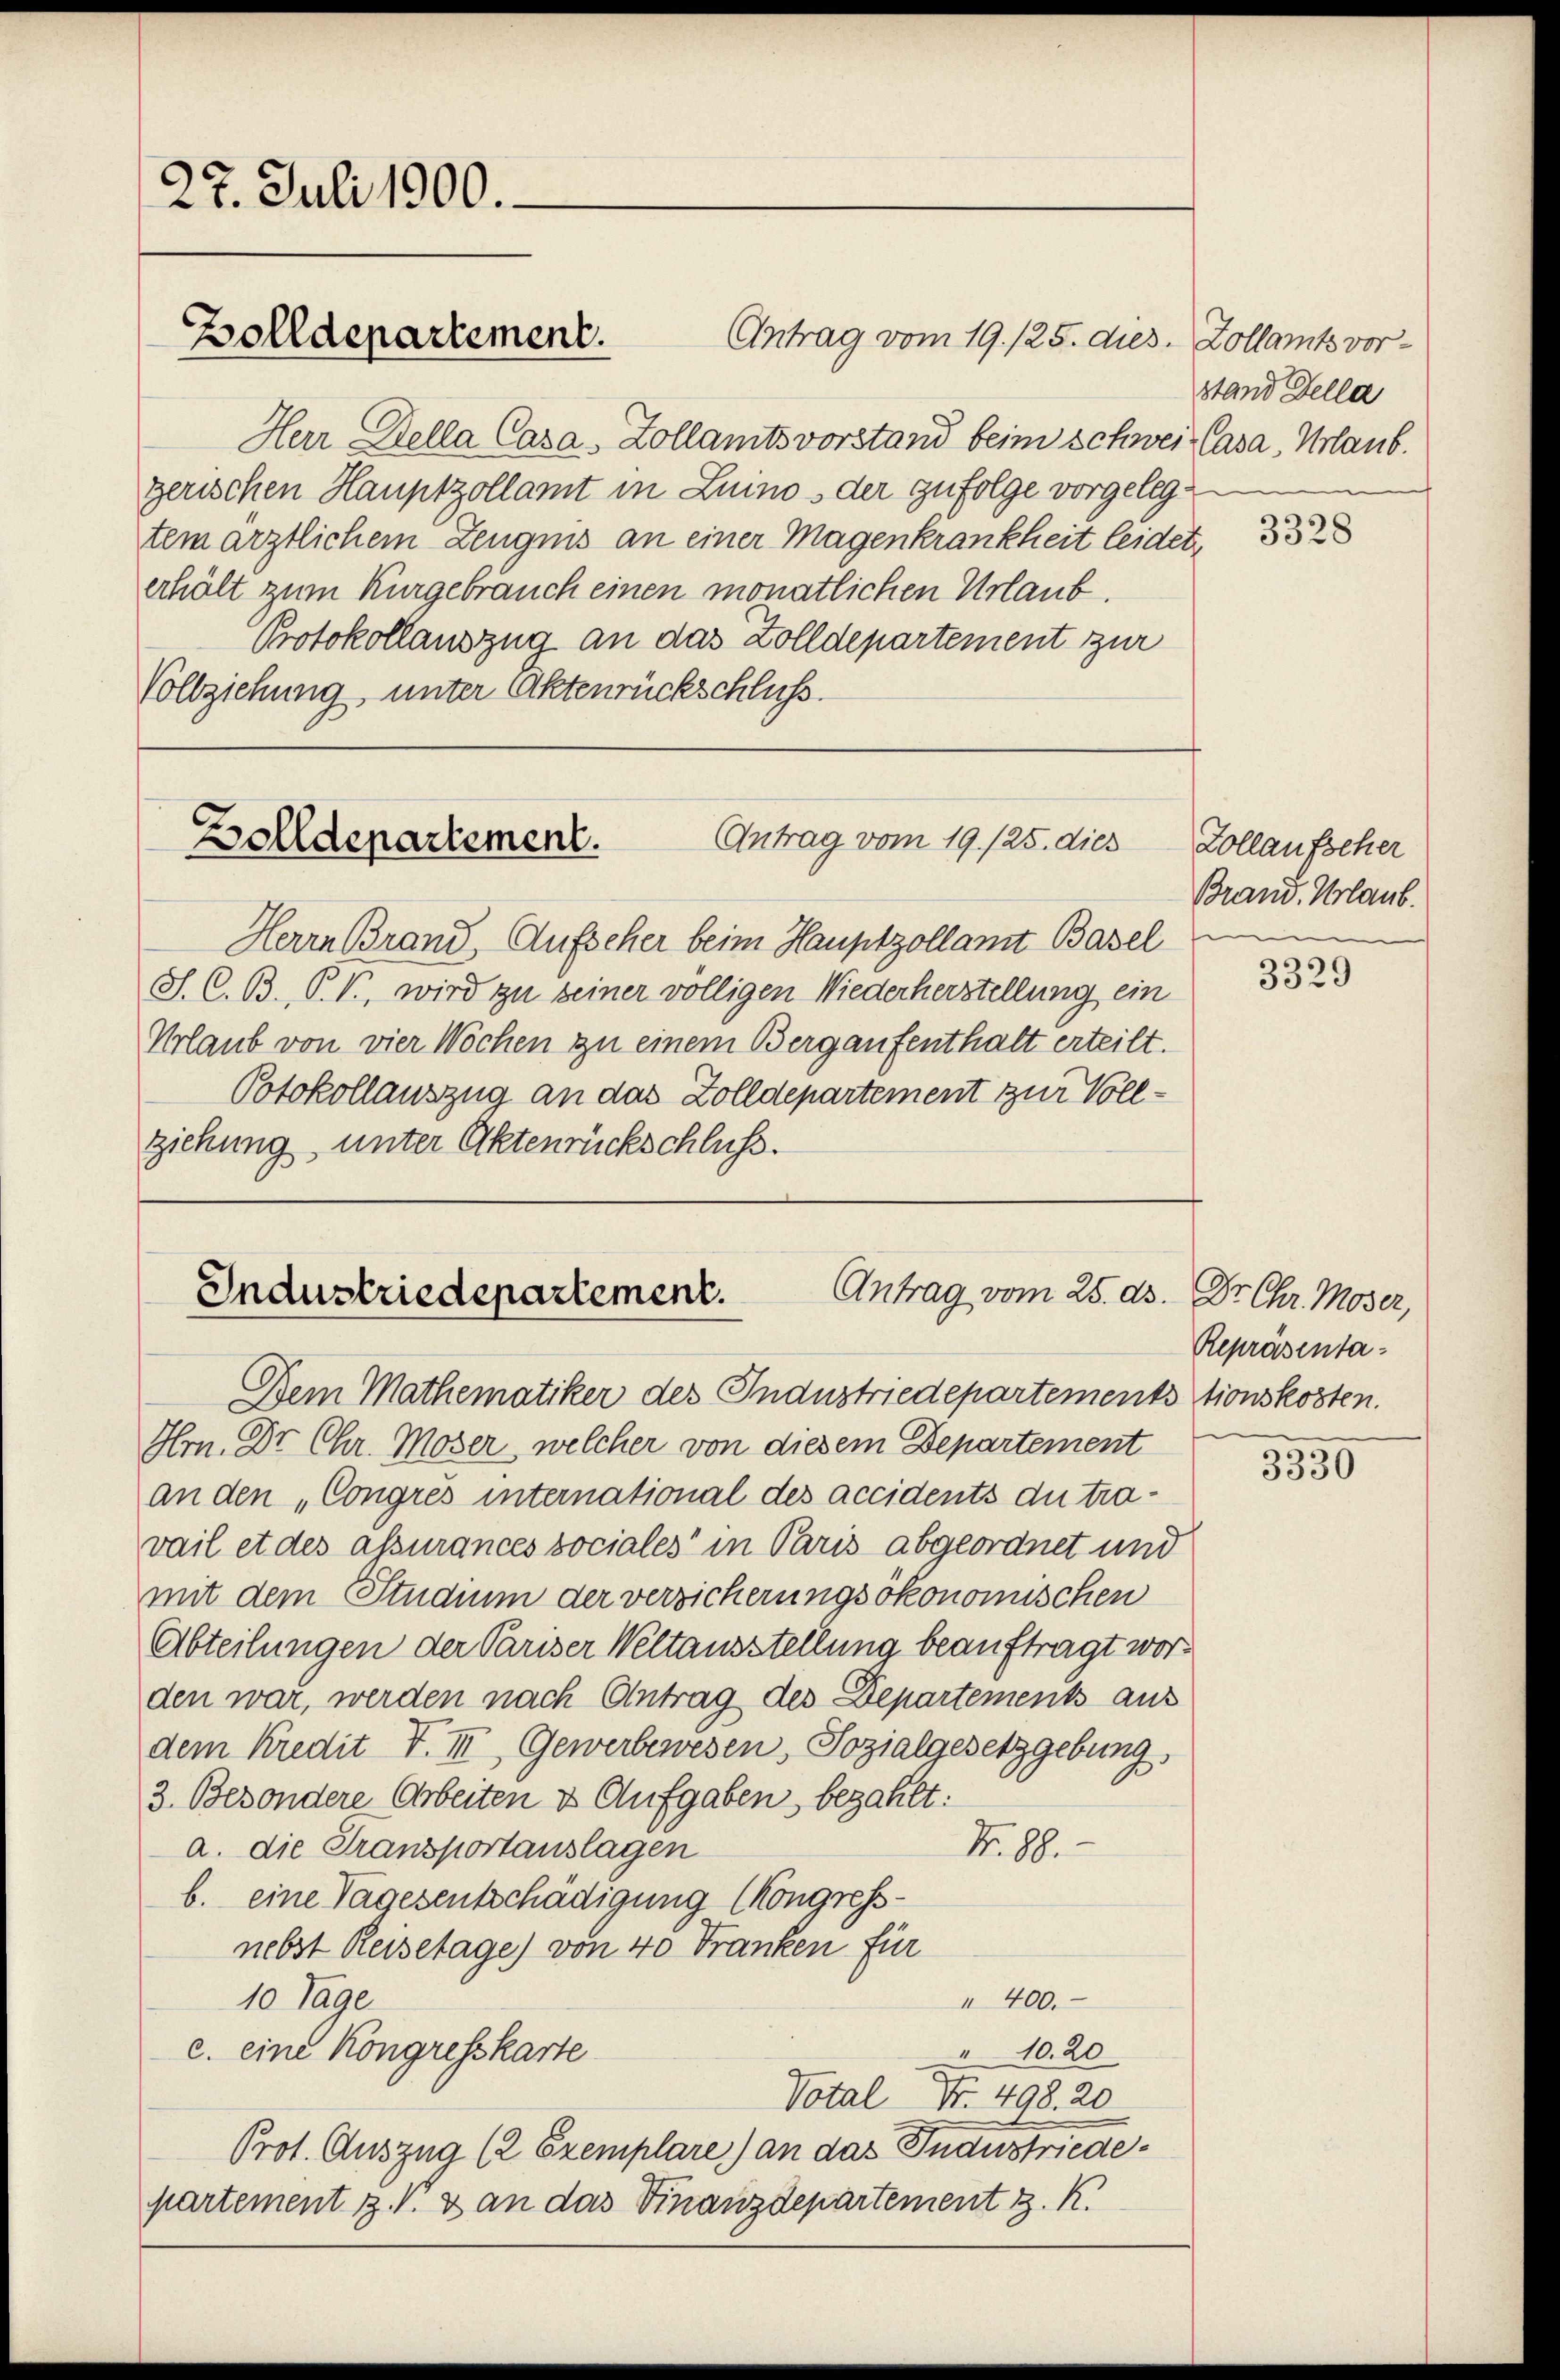
27. Juli 1900.
Zolldepartement.

Herr Della Casa, Zollamtsvorstand beim schwei Casa, Urlaub.
gerischen Hauptzollamt in Luino der zufolge vorgelegtem ärztlichem Zeugnis an einer Magenkrankheit leidet,
erhält zum Kurgebrauch einen monatlichen Urlaub.
Protokollauszug an das Zolldepartement zur
Vollziehung, unter Aktenrückschluss.

2
Antrag vom 19. 125. dies
Bolldepartement.

Antrag vom 25. ds. Dr. Chr. Moser,
Industriedepartement.

Antrag vom 19. 125. dies. Zollamts vor¬

Dem Mathematiker des Industriedepartementstionskosten.

Herrn Brand Aufscher beim Hauptzollamt Basel
S. C. B. P. V., wird zu seiner völligen Wiederherstellung ein
Urlaub von vier Wochen zu einem Bergaufenthalt erteilt.
Potokollauszug an das Zolldepartement zur Vollziehung unter Aktenrückschluß.

Hrn. Dr Chr. Moser, welcher von diesem Departement
an den „Congrés international des accidents du travail et des assurances sociales“ in Paris abgeordnet und
mit dem Studium der versicherungsökonomischen
Abteilungen der Pariser Weltausstellung beauftragt worden war, werden nach Antrag des Departement aus
dem Kredit F. III, Gewerbewesen, Sozialgesetzgebung
3. Besondere Arbeiten & Aufgaben, bezahlt:
Nr. 88.
a. die Transportauslagen
b. eine Tagesentschädigung Kongressnebst Reisetage) von 40 Franken für
" 400.
10 Tage
10.20
c. eine Kongresskarte
Votal Nr. 498. 20
Prot. Auszug (2 Exemplare) an das Industriede
partement z. P. & an das Finanzdepartement z. K.

stand Sella

3328

Zollaufscher
Brand. Urlaub.
u

3329

Repräsenta¬

3330